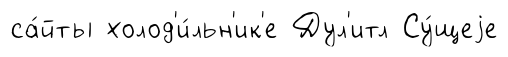
са́йты холод'и́льн'ик'е Дул'итл Су́щеjе